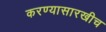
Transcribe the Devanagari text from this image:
करण्यासारखीच